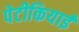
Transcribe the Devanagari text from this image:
पेटीकियाई